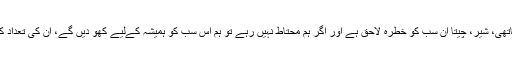
انہوں نے کہا کہ ہاتھی، شیر، چیتا ان سب کو خطرہ لاحق ہے اور اگر ہم محتاط نہیں رہے تو ہم اس سب کو ہمیشہ کےلیے کھو دیں گے، ان کی تعداد کم ہوتی جارہی ہے۔